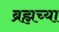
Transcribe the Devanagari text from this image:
ब्रह्मच्या